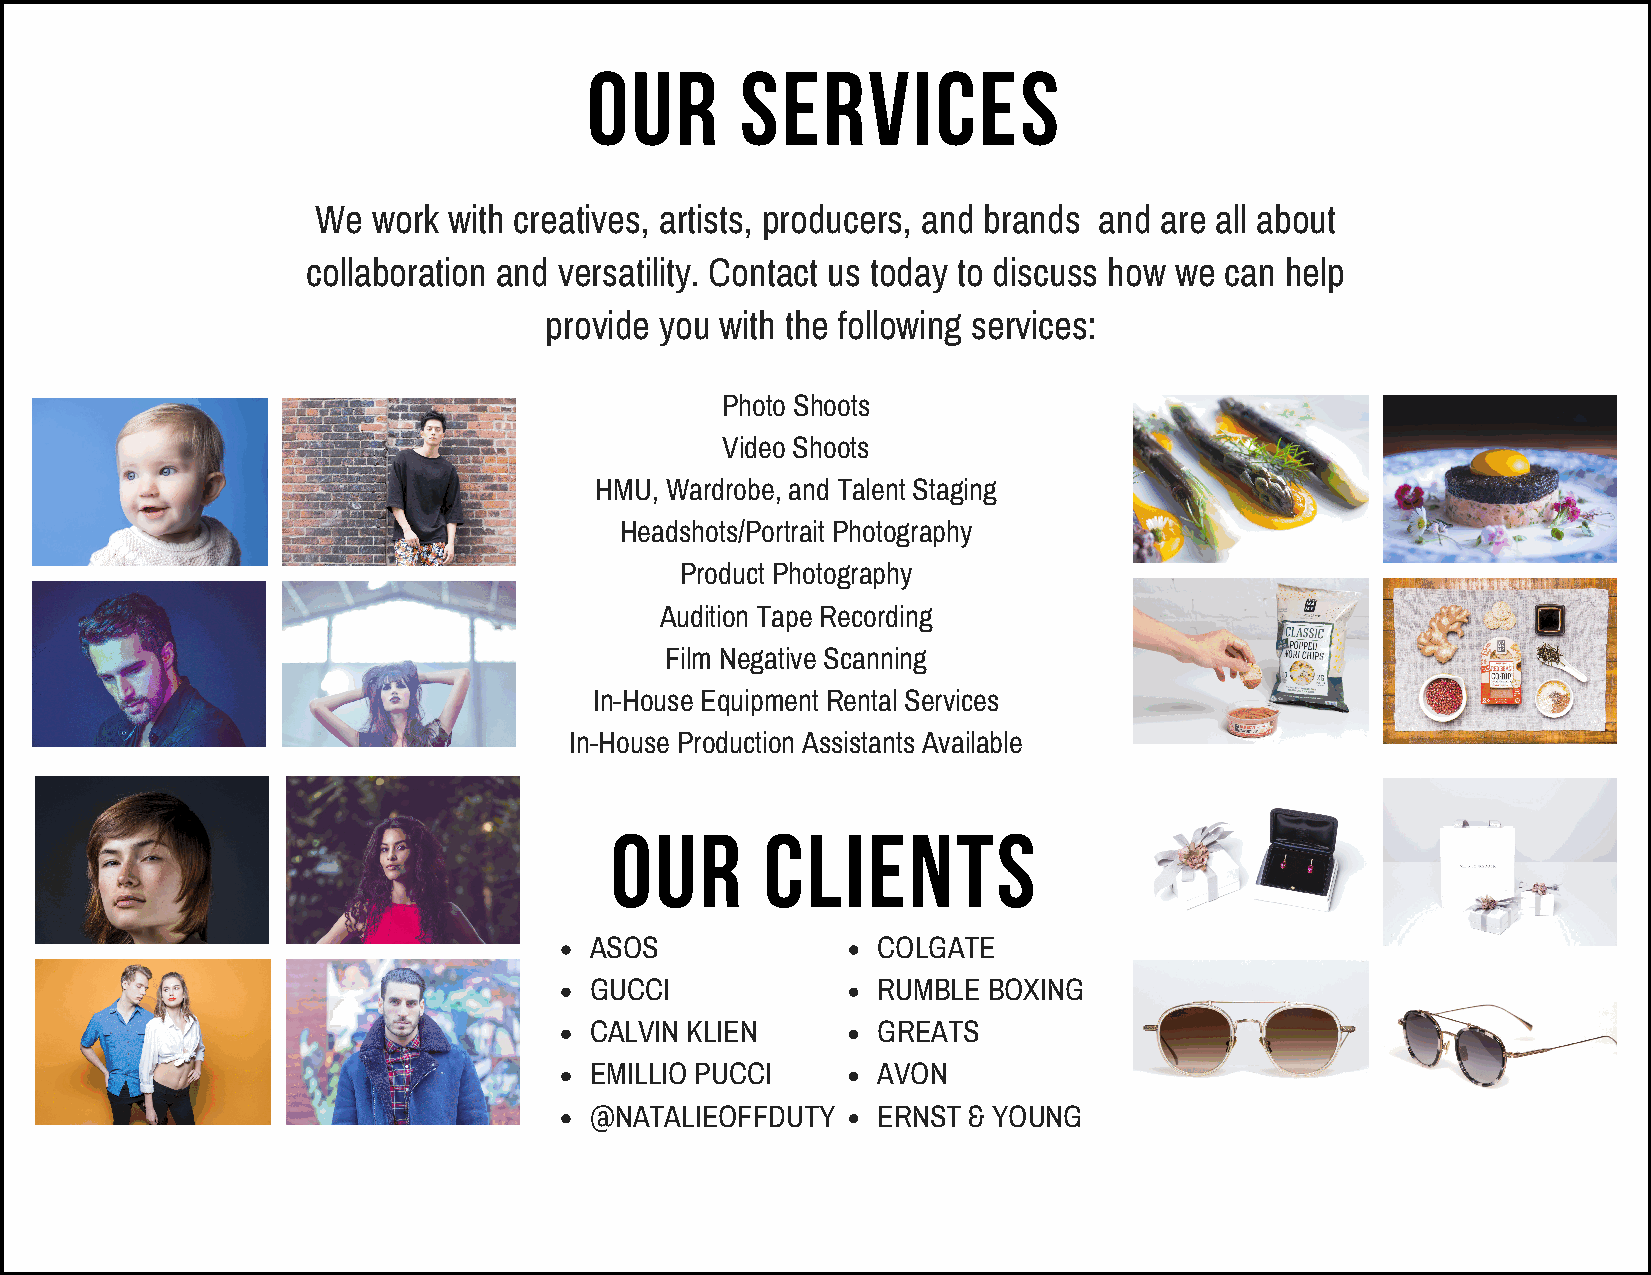
OUR       SERVICES
 We  work with creatives, artists, producers, and brands and are all about
 collaboration and versatility. Contact us today to discuss how we can help
 provide you with the following services:
 Photo Shoots
 Video Shoots
 HMU, Wardrobe, and Talent Staging
 Headshots/Portrait Photography
 Product Photography
 Audition Tape Recording
 Film Negative Scanning
 In-House Equipment Rental Services
 In-House Production Assistants Available
 OUR        CLIENTS
 ASOS               COLGATE
 GUCCI              RUMBLE BOXING
 CALVIN KLIEN       GREATS
 EMILLIO PUCCI      AVON
 @NATALIEOFFDUTY    ERNST & YOUNG